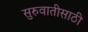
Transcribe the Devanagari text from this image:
सुरुवातीसाठी